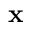
\mathbf x